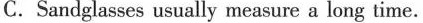
C. Sandglasses usually measure a long time.